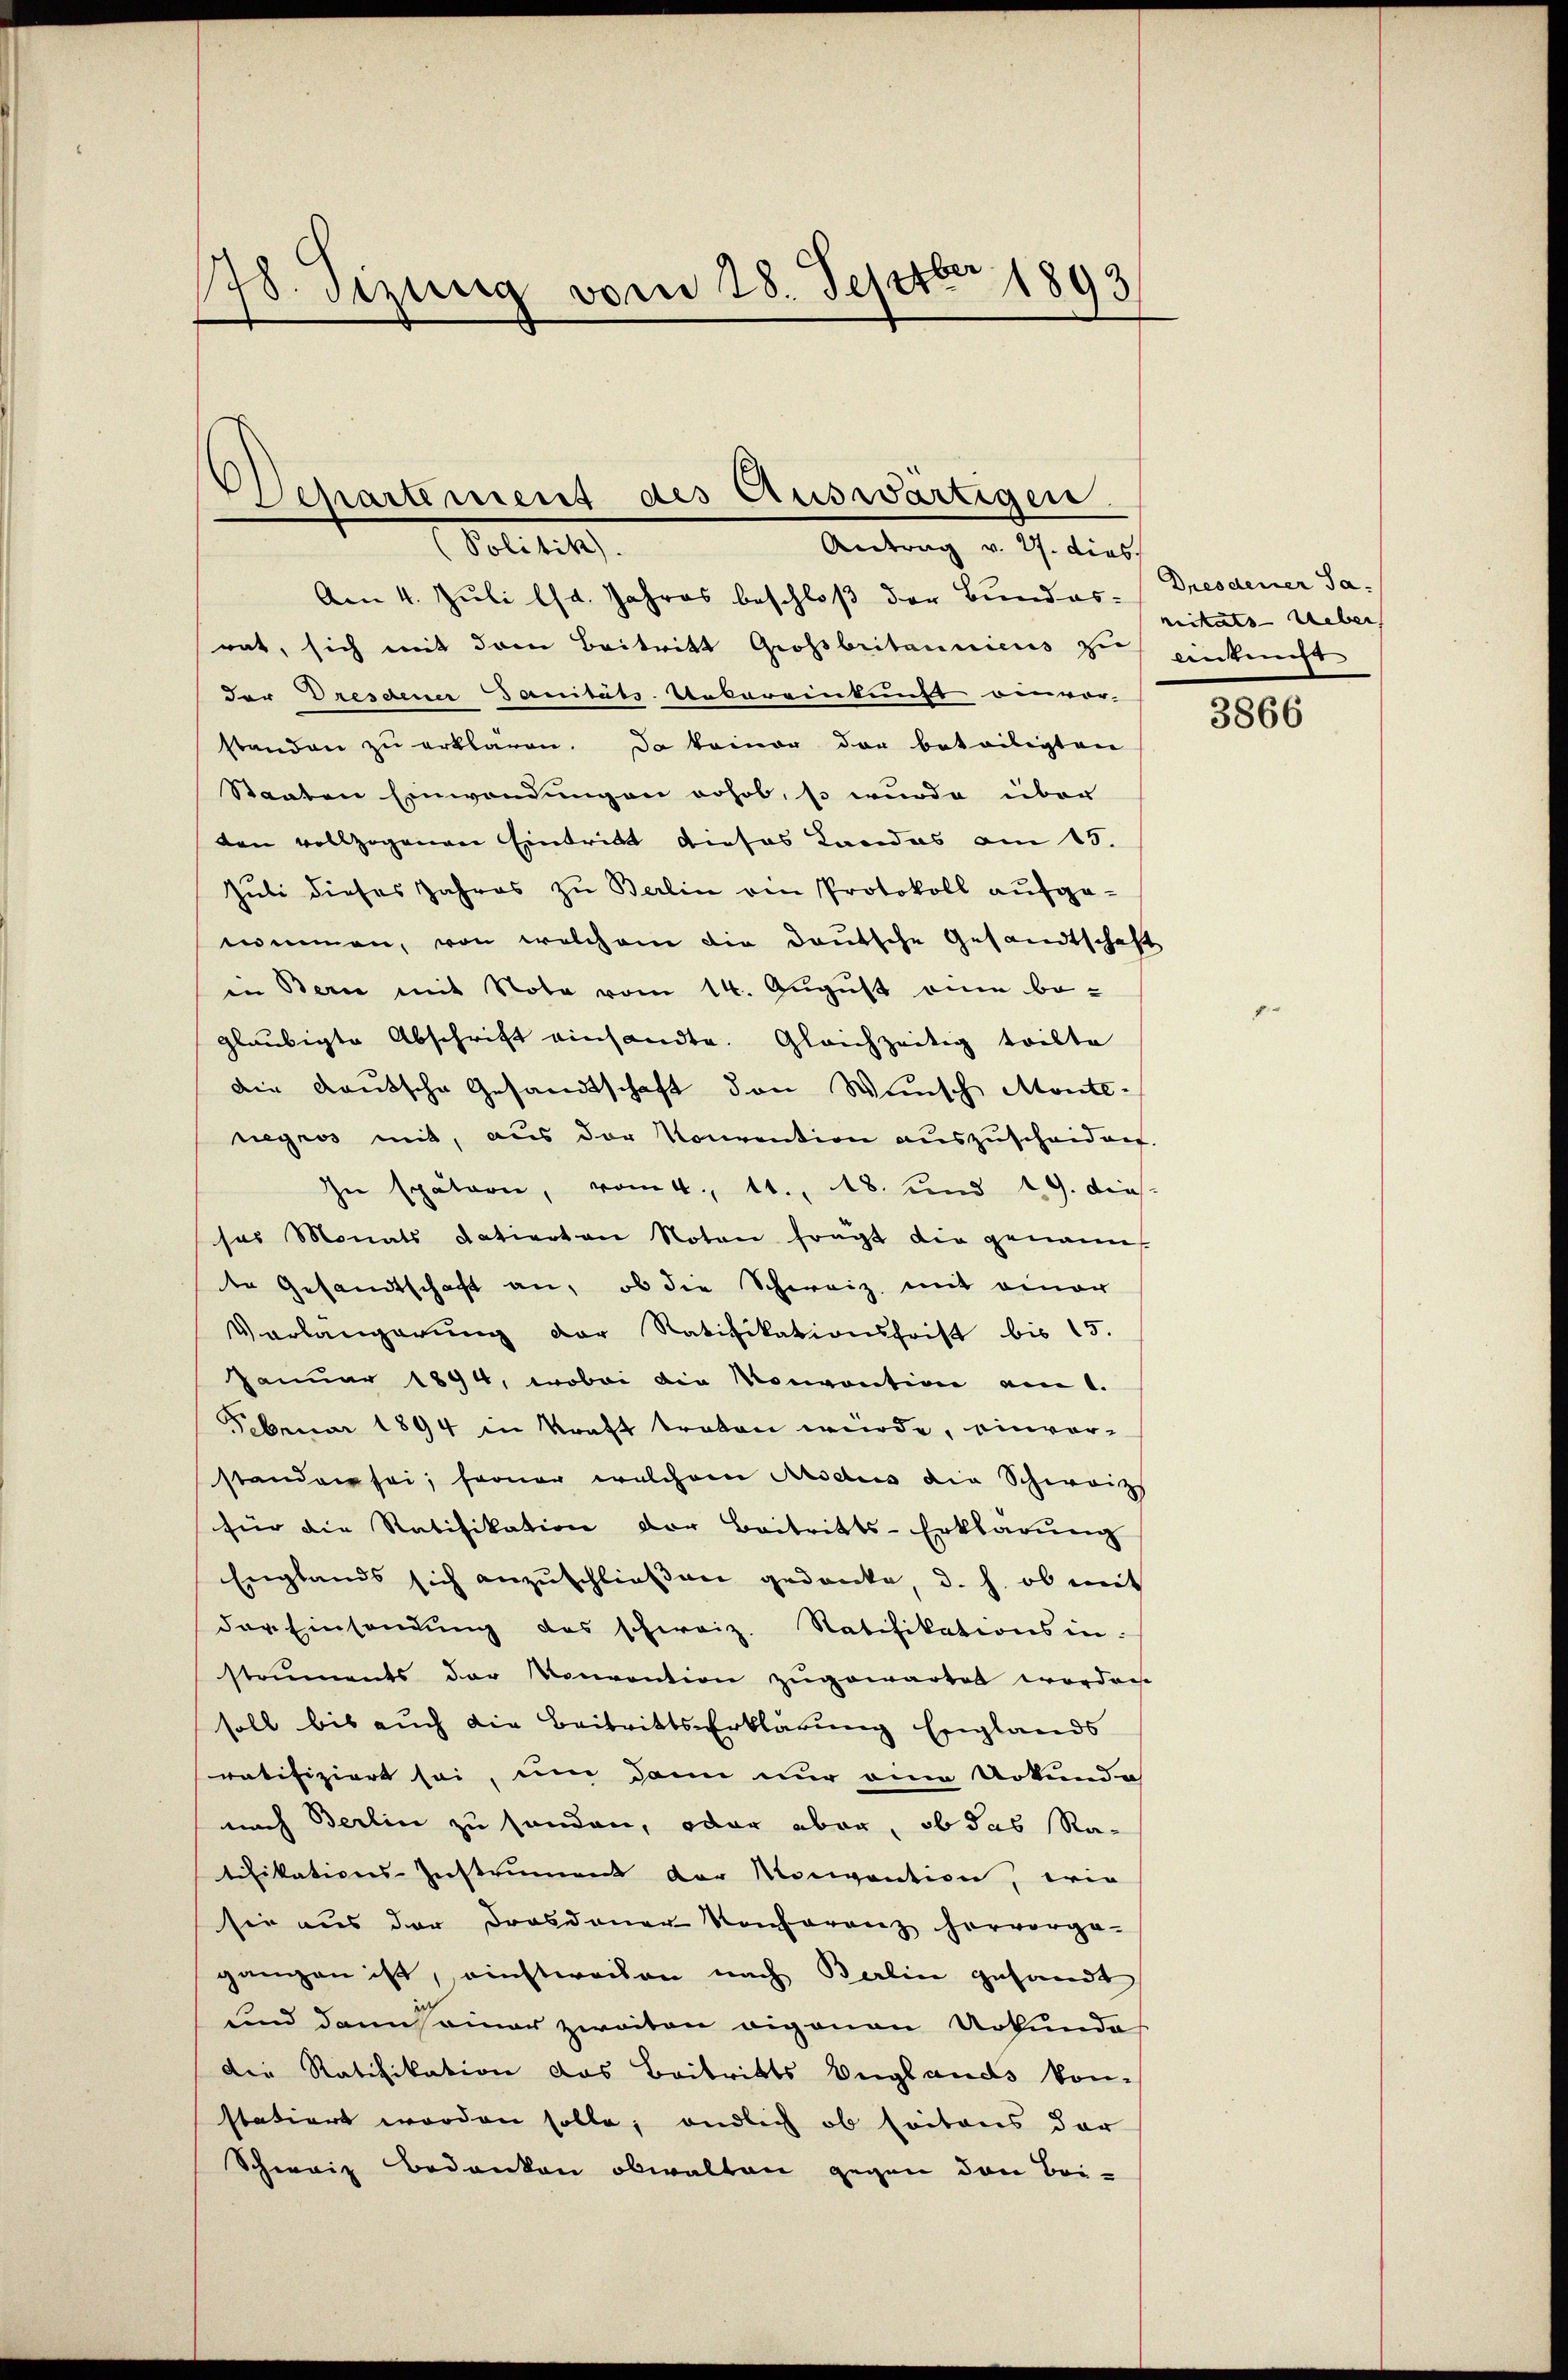
778. Sizung vom 28. Septbr 1893

Departement des Auswärtigen.
(Politik).
Antrag v. 27. dies

Am 4. Juli lst. Jahres beschloß der Bundes- Dresdener Sarat, sich mit dem Beitritt Grossbritannicus sich einkunft
der Dresdener Sanitäts-Uebereinkunft einvor-
standen zŭ erklären. Da keiner der beteiligten
Staaten Einwendungen erhob, so wurde über
ten vollzogenen Eintritt dieses Kandas am 15.
Juli dieses Jahres zu Berlin von Protokoll aufgenommen, von welchem die deutsche Gesandtschaft
in Bern mit Note vom 14. August eine begläubigte Abschrift einsandte. Gleichzeitig tritte
die deutsche Gesandtschaft den Wunsch Monte-
negros mit, aus der Konvention auszuscheident.
In spätern, vom 4. 11. 18. und 19. dies
ses Monats datierten Noten fragt die genann
te Gesandtschaft an, ob die Schweiz, mit einer
Vorlangerŭng der Ratifikationsfrist bis 15.
Januar 1894, wobei die Konvention am 1.
Februar 1894 in Kraft treten würde, einvorstanden sei; ferner welchem Modens die Schweiz
für die Ratifikation der Beitritts-Erklärung
Englands sich anzŭschließen gedanke, d. h. ob mit
der Einsendŭng des schweiz. Ratifikationsinstruments der Konvention zugewartet worden.
soll bis auch die Beitritts-Erklärung Englands
ratifiziert sei, um dann nur eine Urkunde
nach Berlin zu sonden, oder aber, ob das Ratifikations-Instrument der Motivention, wie
sie aus der Drasdauer Konferenz hervorge-
gangen ist, nichtwochen nach Berlin gesandt
und dann einer zweiten eigenau Urkunde
der Ratifikation das Beitritts Englands kon-
statiert worden solle; endlich ob seitens der
Schweiz Bedanken obwalten gegen den Bei-

neitäts-Ueber,

3866